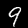
Label: 9